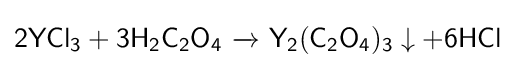
{\mathsf {2YCl_{3}+3H_{2}C_{2}O_{4}\ {\xrightarrow {}}\ Y_{2}(C_{2}O_{4})_{3}\downarrow +6HCl}}